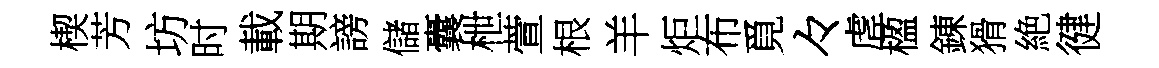
楔芳坊时載期謗儲囊枻萱根羊炬布覓々虗楹錬猾絶徤